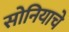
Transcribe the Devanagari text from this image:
सोनियाचे